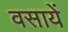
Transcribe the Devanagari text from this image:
वसायें